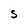
Character: s